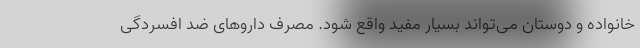
خانواده و دوستان می‌تواند بسیار مفید واقع شود. مصرف داروهای ضد افسردگی